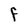
Character: F